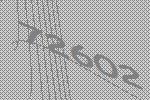
72602